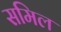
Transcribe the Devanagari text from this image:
समिल